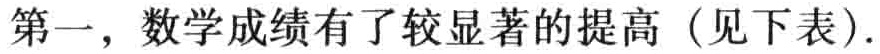
第一，数学成绩有了较显著的提高（见下表）.